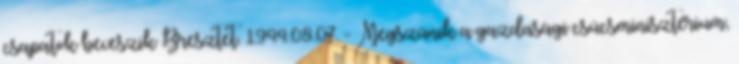
csapatok beveszik Bresztet. 1944.08.07. - Megszûnik a gazdasági csúcsminisztérium,